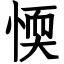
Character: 愞